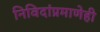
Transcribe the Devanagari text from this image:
निविदांप्रमाणेही